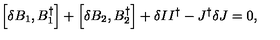
\left[ \delta B _ { 1 } , B _ { 1 } ^ { \dagger } \right] + \left[ \delta B _ { 2 } , B _ { 2 } ^ { \dagger } \right] + \delta I I ^ { \dagger } - J ^ { \dagger } \delta J = 0 ,